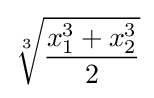
{\sqrt[{3}]{\frac {x_{1}^{3}+x_{2}^{3}}{2}}}